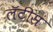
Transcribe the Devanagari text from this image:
लॅटीस